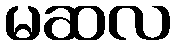
မဆလ